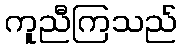
ကူညီကြသည်